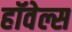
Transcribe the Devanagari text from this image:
हॉवेल्स